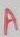
Text: A